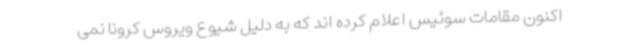
اکنون مقامات سوئیس اعلام کرده اند که به دلیل شیوع ویروس کرونا نمی